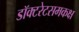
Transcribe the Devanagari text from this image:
डॉक्टरेटसमकक्ष